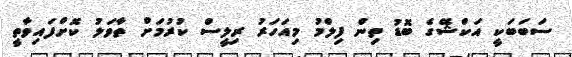
ސަބަބަކީ އަކްޝޭގެ ބޮޑު ތިން ފިލްމު މިއަހަރު ރިލީސް ކުރުމަށް ތާވަލު ކޮށްފައިވާތީ